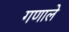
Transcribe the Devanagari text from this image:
गणाले